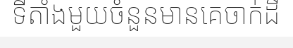
ទីតាំងមួយចំនួនមានគេចាក់ដី